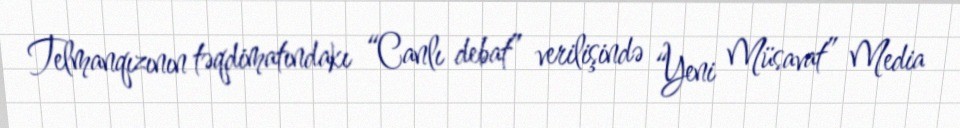
Telmanqızının təqdimatındakı “Canlı debat” verilişində “Yeni Müsavat” Media